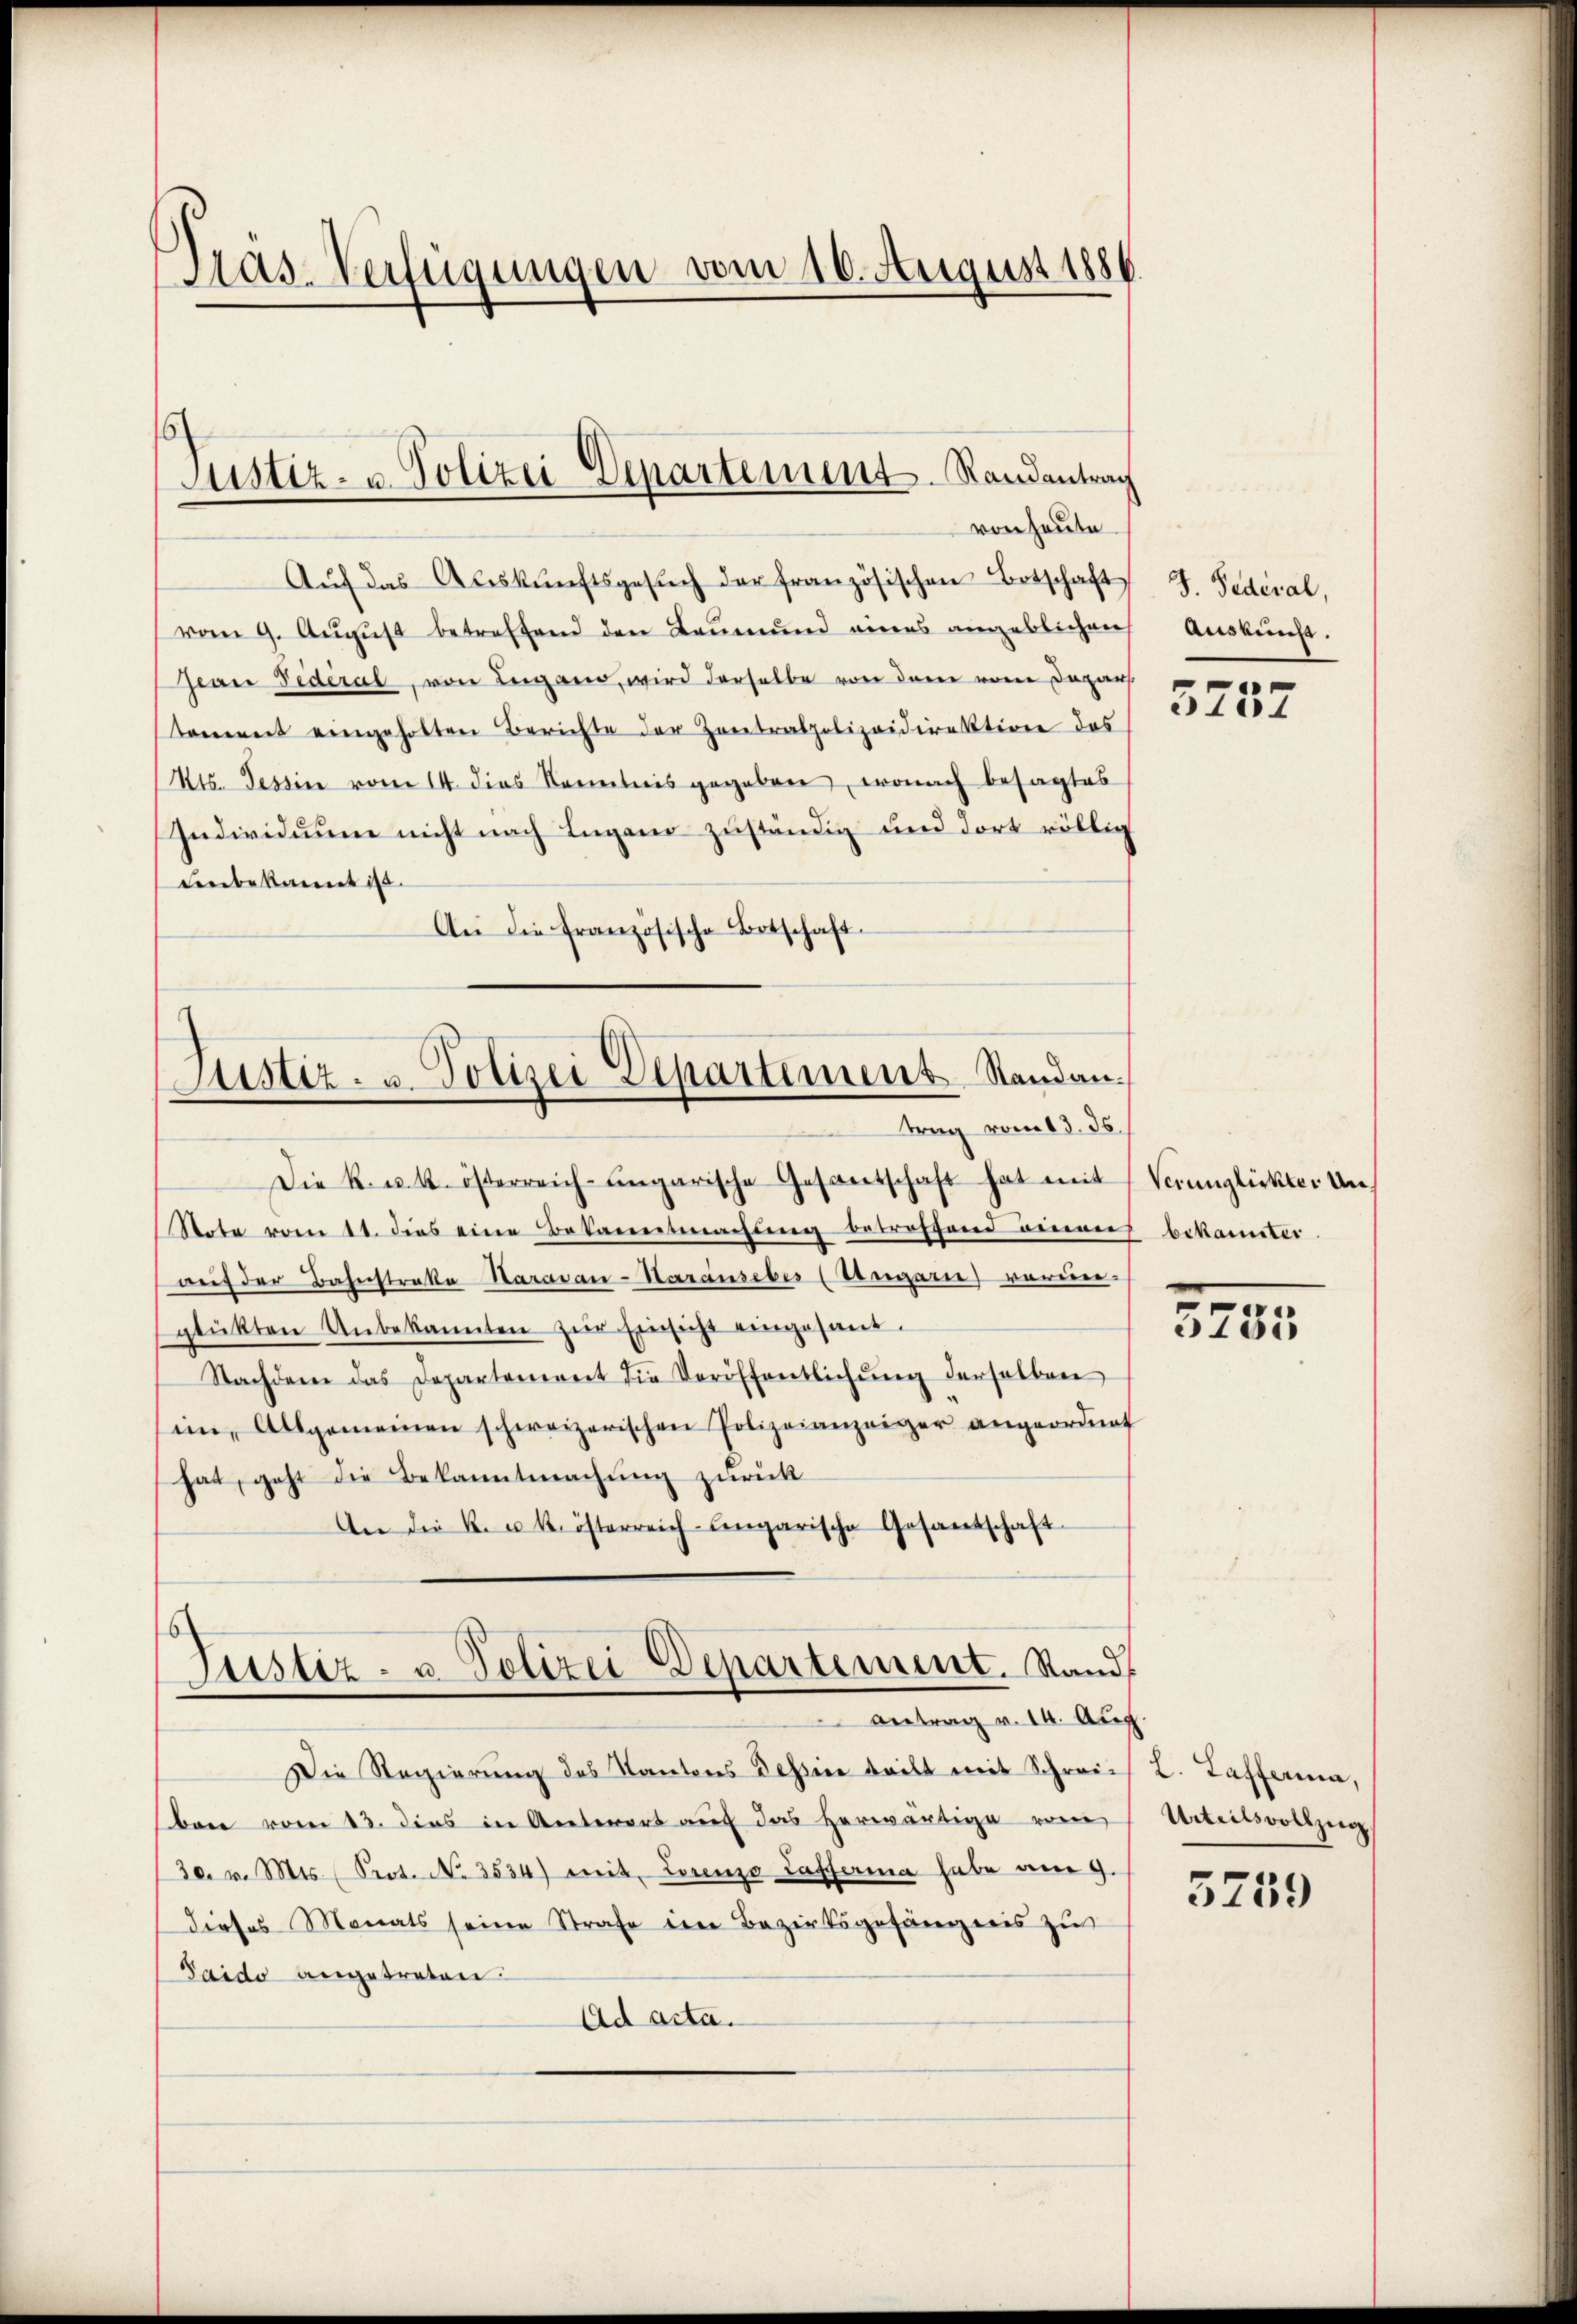
Aas-Verfügungen vom 10. August 1886

Aŭf das Aŭskŭnftsgesŭch der französischen Botschaft
vom 9. August betreffend den Leumund eines angeblichen
Jean Federal, von Lugano, wird derselbe von dem vom Depar
toment eingeholten Berichte der Zentralpolizeidirektion des
Kts. Tessin vom 14. dies Kenntnis gegeben, wonach besagtes
Individuum nicht nach Lugano zuständig und dort völlig
denbekannt ist.
An die französische Botschaft.

s
Justiz- u. Polizei Departement. Randentrag
von heute

Justiz- u. Polizei Departement Standantrag vom 13. 36.

Die k. u. k. österreich-ungarische Gesantschaft hat mit Verunglückter An
Note vom 11. dies eine Bekanntmachŭng betreffend einen
auf der Bahnstraße Haravau-Harausebes (Ungari) vorne-
glükten Unbekannten zŭr Einsicht eingesant.
Nachdem das Departement die Veröffentlichung derselben
ii, Allgemeinen schweizerischen Polizeianzeiger angeordnet
hat, geht die Bekanntmachung zurück
An die K. u. k. österreich-ungarische Gesantschaft
Justiz- u. Polizei Departement. Stand
antrag v. 14. Aus
Die Regierŭng des Kantons dessine teilt mit Schreiben vom 13. dies in Antwort auf das herwärtige vom
30. v. Mts. Prot. No. 3534) mit. Lorenzo Cassaria habe am 9.
dieses Monats seine Strafe den Bezirksgefängnis zu
Taido angetreten.
Ad acta.

J. Federal,
Auskunft.

5732

bekannter.

3735

.
2. Tafferina,
Urteilsvollzug.

5759